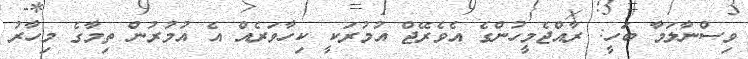
ވިސްނާލަމާ ބަހީ: ރާއްޖެމީހުންގެ އެވެރޭޖް އުމުރަކީ ކިހާވަރެއް އެ އުމުރުން ތިމާގެ މިހާރު